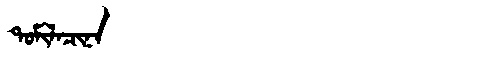
Manchu: ᡨᠣᠮᡳᠯᠠᠴᡳᠨᠠ
Romanization: TOMILACINA